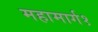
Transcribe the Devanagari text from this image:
महामार्ग१